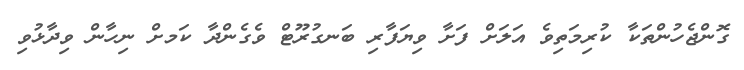
ގޮންޖެހުންތަކާ ކުރިމަތިވެ އަލަށް ފަށާ ވިޔަފާރި ބަނގުރޫޓް ވެގެންދާ ކަަމށް ނިހާން ވިދާޅުވި